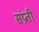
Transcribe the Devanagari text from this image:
संप्रती